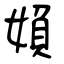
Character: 媍